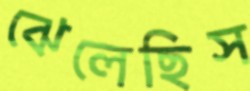
ঝেলেছিস